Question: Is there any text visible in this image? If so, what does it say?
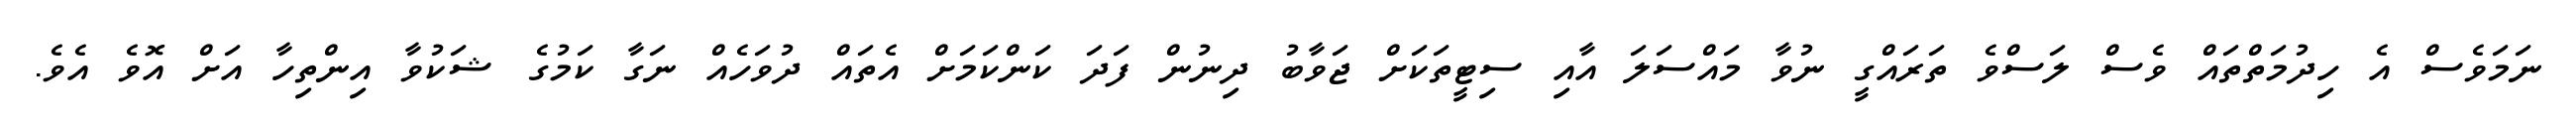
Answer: ނަމަވެސް އެ ހިދުމަތްތައް ވެސް ލަސްވެ ތަރައްގީ ނުވާ މައްސަލަ އާއި ސިޓީތަކަށް ޖަވާބު ދިނުން ފަދަ ކަންކަމަށް އެތައް ދުވަހެއް ނަގާ ކަމުގެ ޝަކުވާ އިންތިހާ އަށް އޮވެ އެވެ.